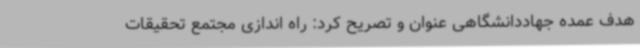
هدف عمده جهاددانشگاهی عنوان و تصریح کرد: راه اندازی مجتمع تحقیقات